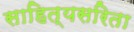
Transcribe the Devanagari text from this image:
साहित्यसरिता